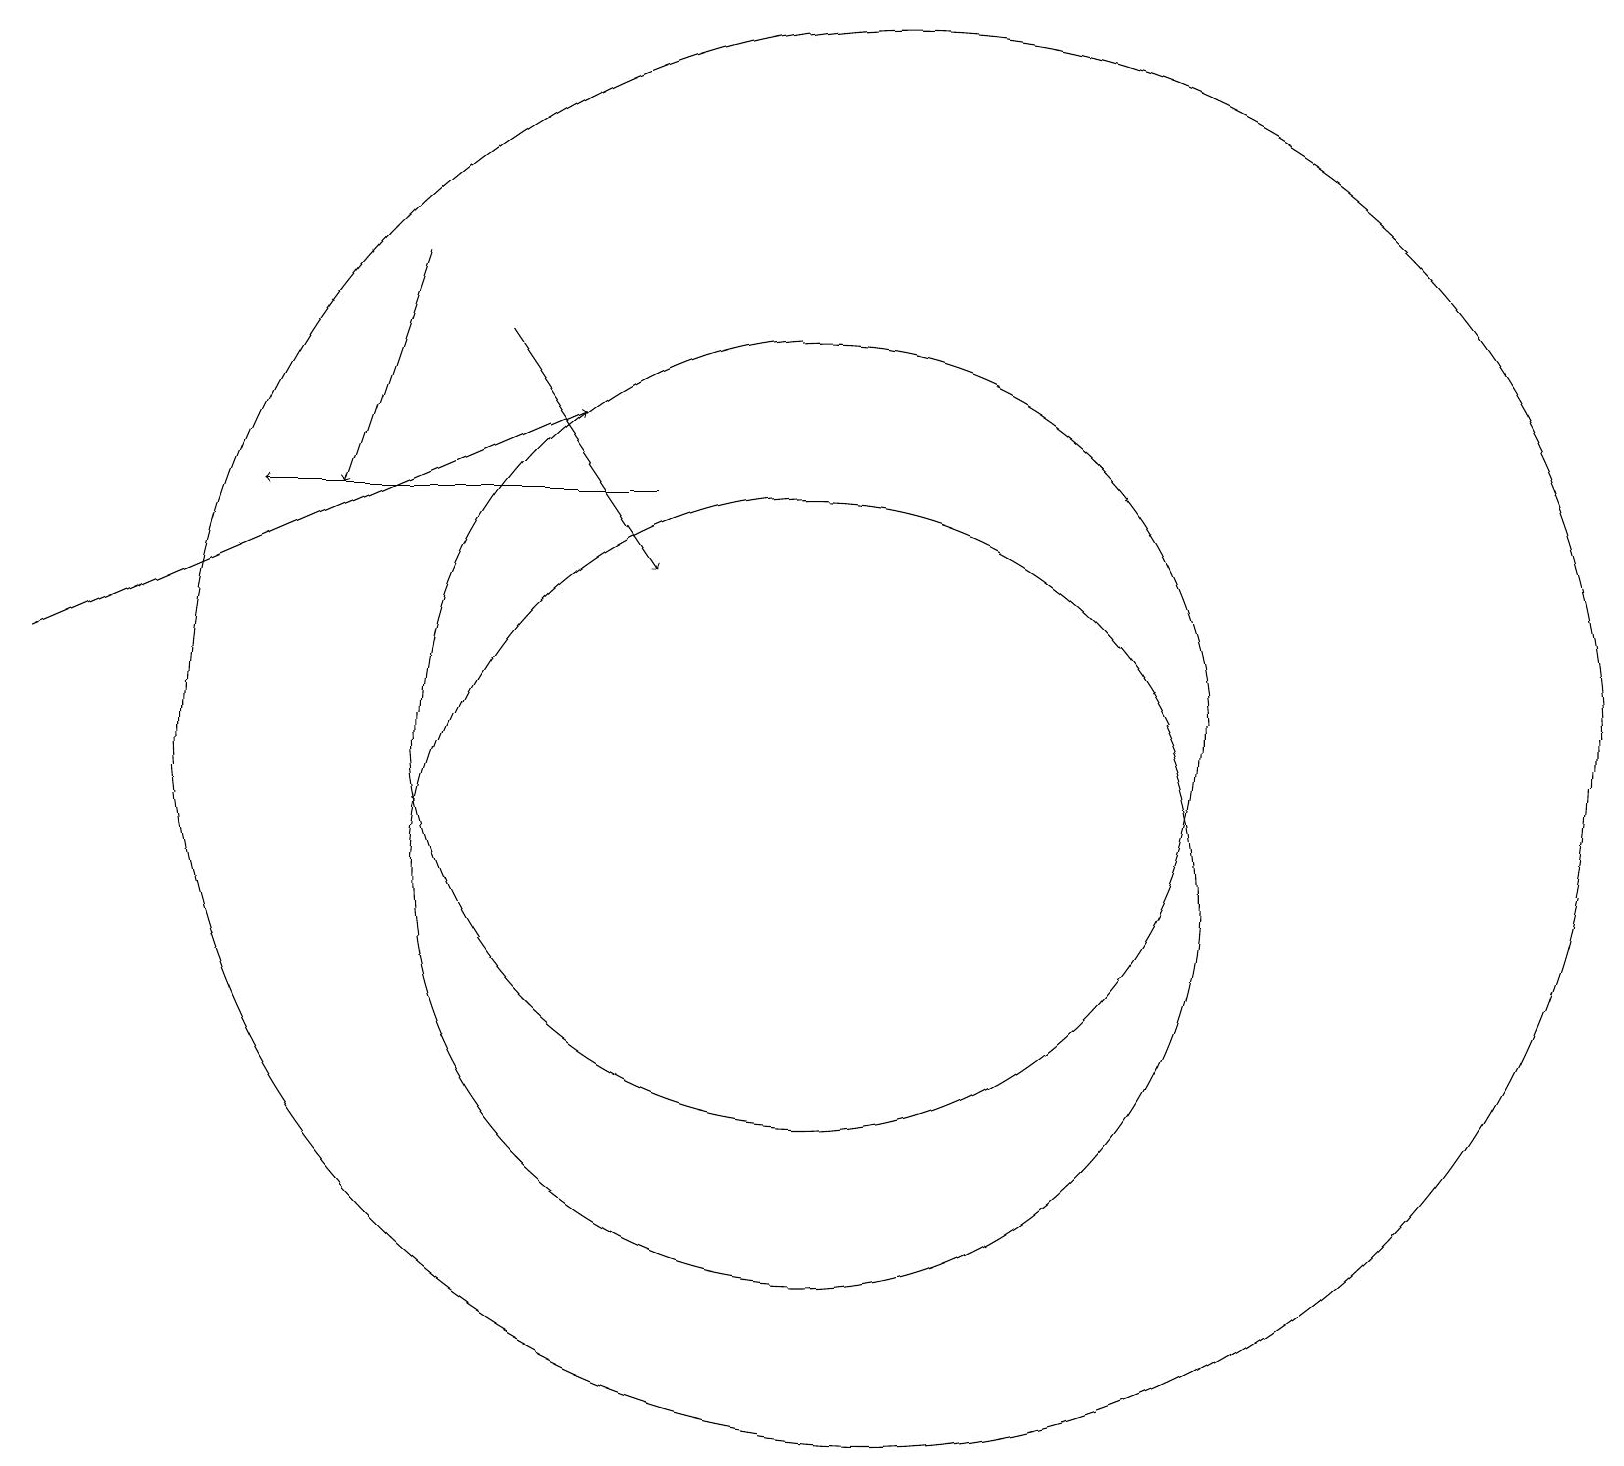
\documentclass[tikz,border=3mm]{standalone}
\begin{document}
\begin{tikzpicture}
\draw[->] (9,15) -- (4,15);
\draw (11,10) circle (5);
\draw[->] (1,13) -- (8,16);
\draw[->] (7,17) -- (9,14);
\draw (11,12) circle (5);
\draw (12,12) circle (9);
\draw[->] (6,18) -- (5,15);
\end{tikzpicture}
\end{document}